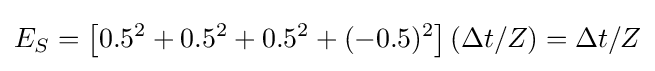
E_{S}=\left[0.5^{2}+0.5^{2}+0.5^{2}+(-0.5)^{2}\right](\Delta t/Z)=\Delta t/Z